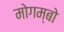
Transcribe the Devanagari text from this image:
मोगम्बो